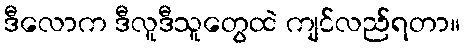
ဒီလောက ဒီလူဒီသူတွေထဲ ကျင်လည်ရတာ။